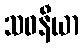
သဝနီယာ